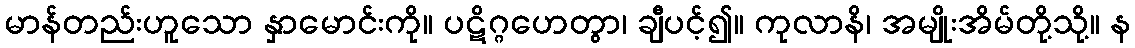
မာန်တည်းဟူသော နှာမောင်းကို။ ပဋိဂ္ဂဟေတွာ၊ ချီပင့်၍။ ကုလာနိ၊ အမျိုးအိမ်တို့သို့။ န